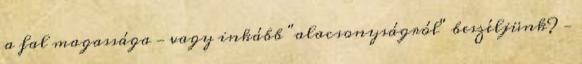
a fal magassága — vagy inkább "alacsonyságról" beszéljünk? —